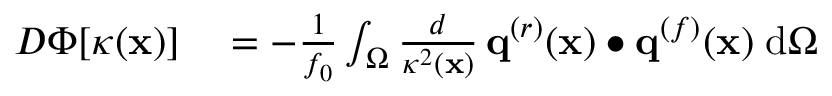
\begin{array} { r l } { D \Phi [ \kappa ( \mathbf { x } ) ] } & { { } = - \frac { 1 } { f _ { 0 } } \int _ { \Omega } \frac { d } { \kappa ^ { 2 } ( \mathbf { x } ) } \, \mathbf { q } ^ { ( r ) } ( \mathbf { x } ) \bullet \mathbf { q } ^ { ( f ) } ( \mathbf { x } ) \; \mathrm { d } \Omega } \end{array}